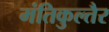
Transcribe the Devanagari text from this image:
मंतिकुल्तैर